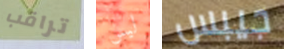
تراقب ليس جيبس